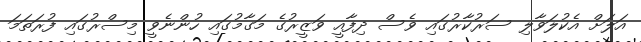
އަލަށް އެކުލަވާލި ސަރުކާރުގައި ވެސް ދިފާއީ ވަޒީރުގެ މަގާމުގައި ހުންނެވީ މިސްރުގައި ފުރަތަމަ